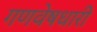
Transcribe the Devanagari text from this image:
गणवेषधारी